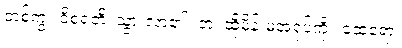
တစ်ကွ။ ဝိစရတိ၊ သွားလာ၏။ တံ၊ ထိုမိန်းမအရုပ်ကို။ ထေရော၊